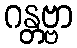
ဂန္တဗ္ဗာ